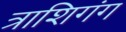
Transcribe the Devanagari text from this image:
त्राशिगंग